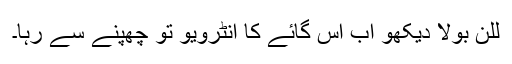
للن بولا دیکھو اب اس گائے کا انٹرویو تو چھپنے سے رہا۔